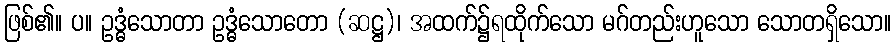
ဖြစ်၏။ ပ။ ဥဒ္ဓံသောတာ ဥဒ္ဓံသောတော (ဆဋ္ဌ)၊ အထက်၌ရထိုက်သော မဂ်တည်းဟူသော သောတရှိသော။